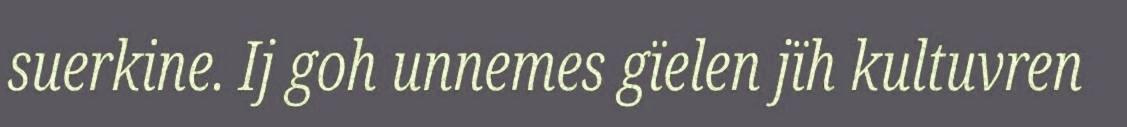
suerkine. Ij goh unnemes gïelen jïh kultuvren